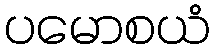
ပမောစယံ